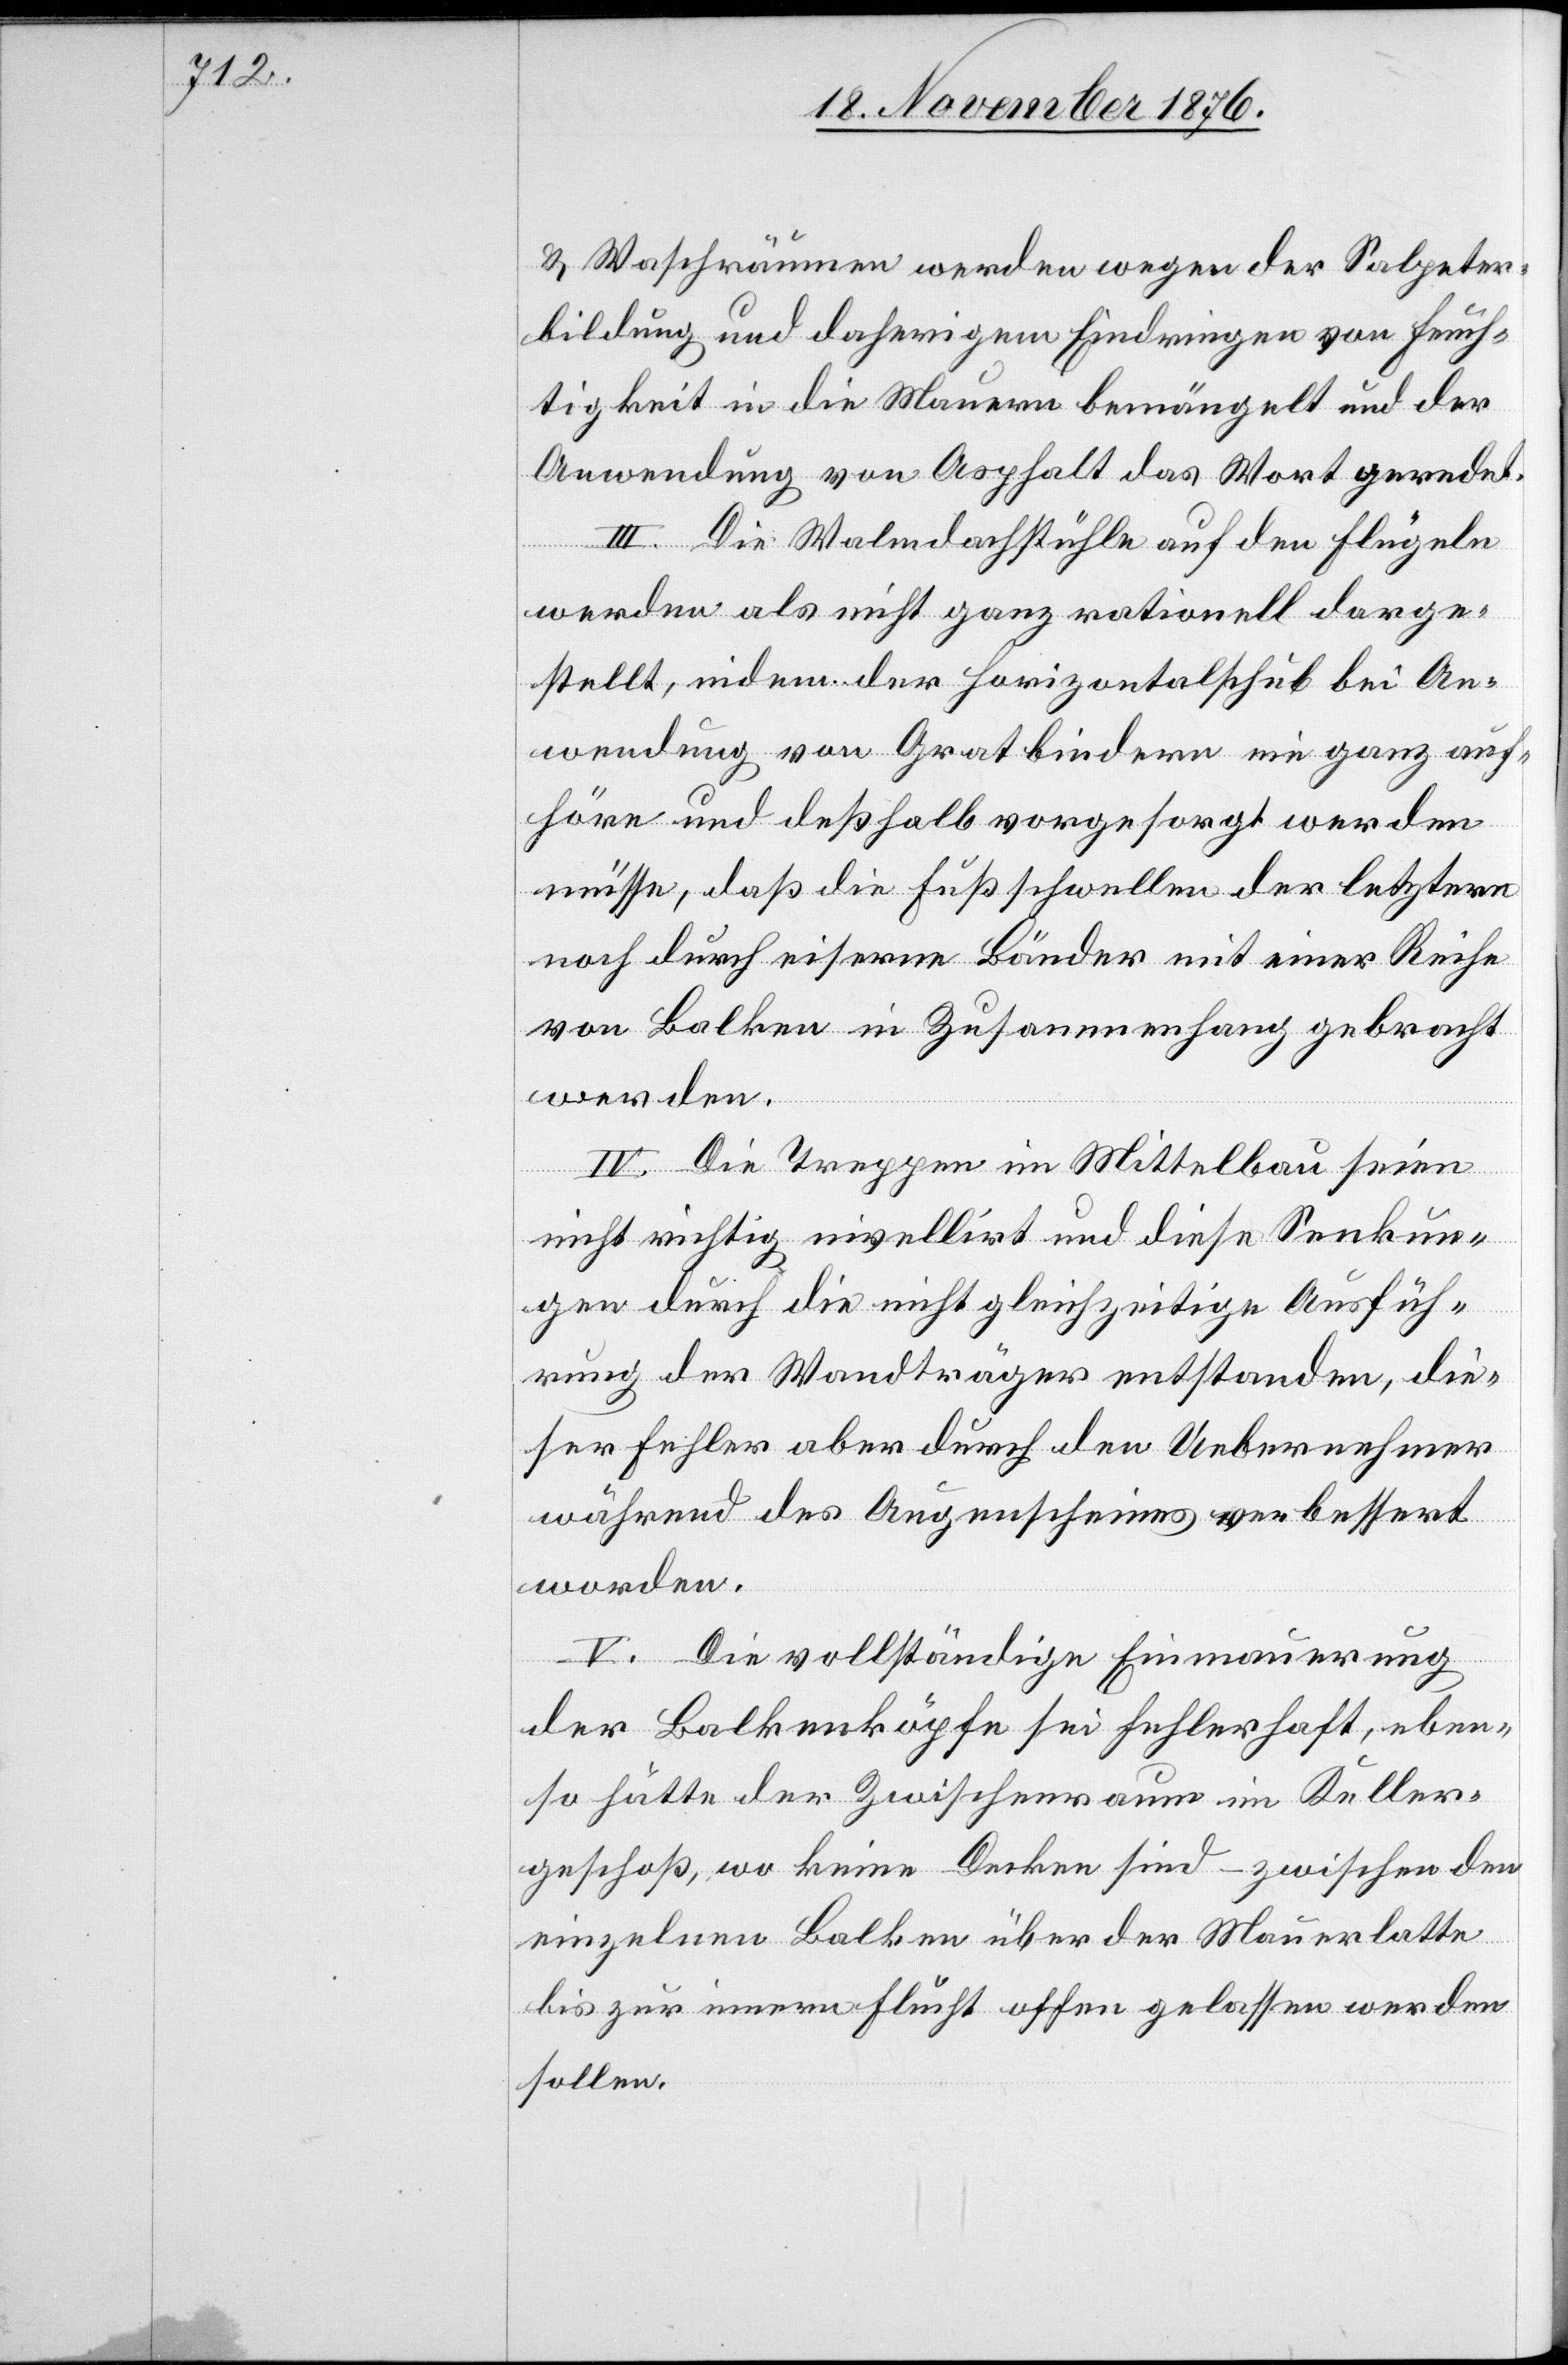
& Waschräumen werden wegen der Salpeter¬
bildung und daherigem Eindringen von Feuch¬
tigkeit in die Mauern bemängelt und der
Anwendung von Asphalt das Wort geredet.
III. Die Walmdachstühle auf den Flügeln
werden als nicht ganz rationell darge¬
stellt, indem der Horizontalschub bei An¬
wendung von Gratbindern nie ganz Auf¬
höre und deßhalb vorgesorgt werden
müsse, daß die Fußschwellen der letztern
noch durch eiserne Bänder mit einer Reihe
von Balken in Zusammenhang gebracht
werden.
IV. Die Treppen im Mittelbau seien
nicht richtig nivellirt und diese Senkun¬
gen durch die nicht gleichzeitige Ausfüh¬
rung der Wandträger entstanden, die¬
ser Fehler aber durch den Uebernehmer
während des Augenscheines verbessert
worden.
V. Die vollständige Einmauerung
der Balkenköpfe sei fehlerhaft, eben¬
so hätte der Zwischenraum im Keller¬
geschoß, wo keine Decken sind – zwischen den
einzelnen Balken über der Mauerlatte
bis zur innern Flucht offen gelassen werden
sollen.